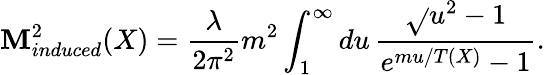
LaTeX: \mathbf{M}_{induced}^{2}(X)=\frac{{\lambda}}{{2\pi^{2}}}m^{2}\int_{1}^{\infty}du\, \frac{{\sqrt{}{{u^{2}-1}}}}{{e^{mu/T(X)}-1}}.